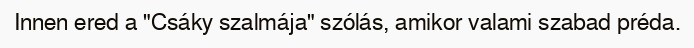
Innen ered a "Csáky szalmája" szólás, amikor valami szabad préda.